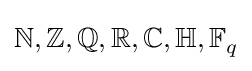
\mathbb {N,Z,Q,R,C,H,F} _{q}